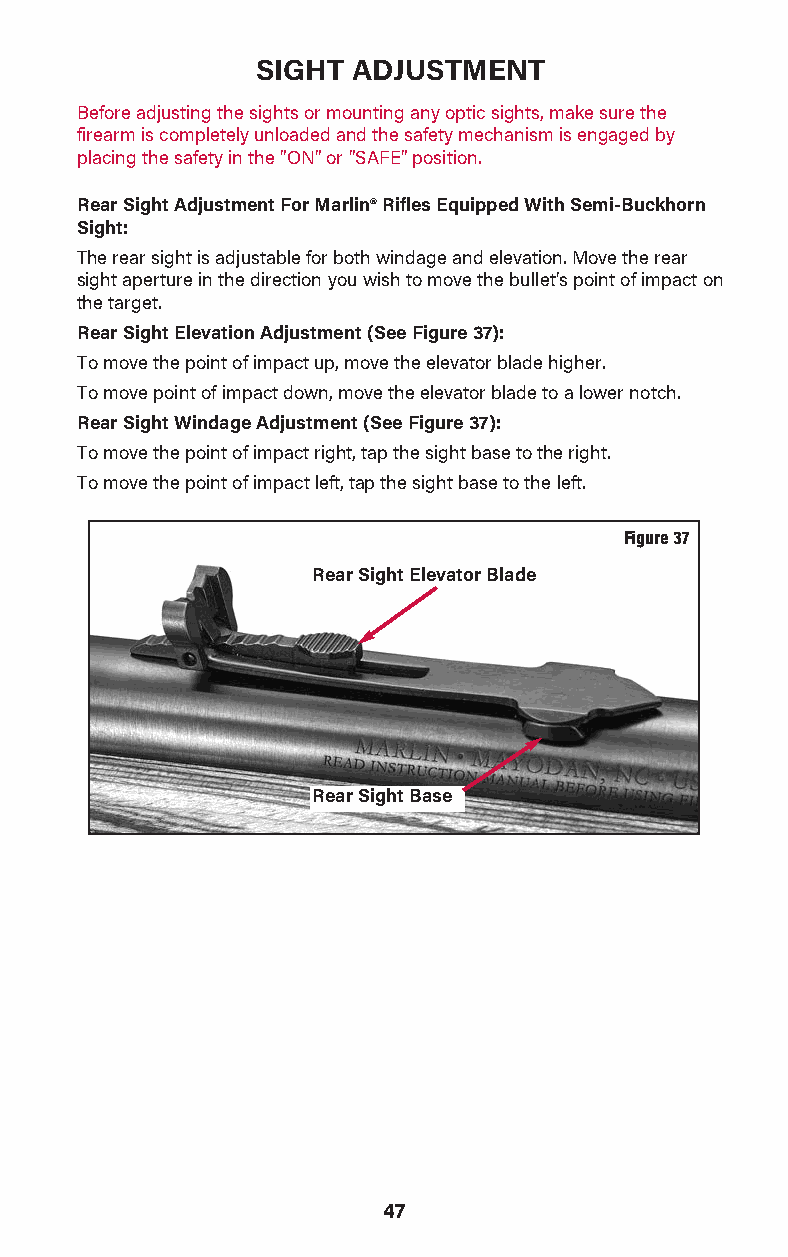
SIGHT ADJUSTMENT
 Before adjusting the sights or mounting any optic sights, make sure the
 firearm is completely unloaded and the safety mechanism is engaged by
 placing the safety in the "ON" or "SAFE" position.
 Rear Sight Adjustment For Marlin® Rifles Equipped With Semi-Buckhorn
 Sight:
 The rear sight is adjustable for both windage and elevation. Move the rear
 sight aperture in the direction you wish to move the bullet's point of impact on
 the target.
 Rear Sight Elevation Adjustment (See Figure 37):
 To move the point of impact up, move the elevator blade higher.
 To move point of impact down, move the elevator blade to a lower notch.
 Rear Sight Windage Adjustment (See Figure 37):
 To move the point of impact right, tap the sight base to the right.
 To move the point of impact left, tap the sight base to the left.
 Figure 37
 Rear Sight Elevator Blade
 Rear Sight Base
 47